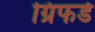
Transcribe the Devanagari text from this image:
ग्रिफर्ड